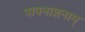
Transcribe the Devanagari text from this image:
पापनाशनाम्